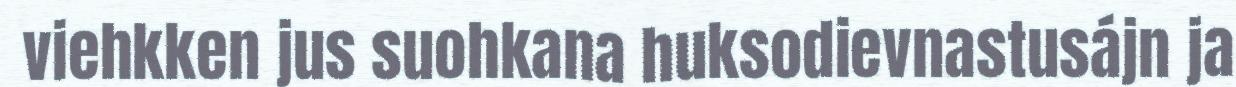
viehkken jus suohkana huksodievnastusájn ja